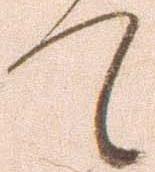
て